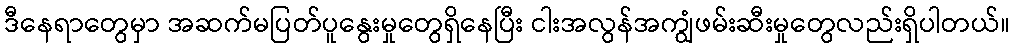
ဒီနေရာတွေမှာ အဆက်မပြတ်ပူနွေးမှုတွေရှိနေပြီး ငါးအလွန်အကျွံဖမ်းဆီးမှုတွေလည်းရှိပါတယ်။